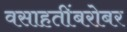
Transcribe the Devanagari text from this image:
वसाहतींबरोबर